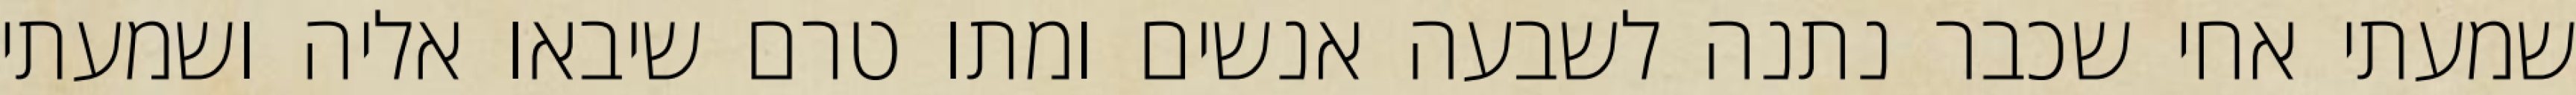
שמעתי אחי שכבר נתנה לשבעה אנשים ומתו טרם שיבאו אליה ושמעתי